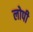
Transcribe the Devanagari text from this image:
लोपी